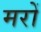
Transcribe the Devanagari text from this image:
मरों